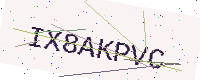
Text: IX8AKPVC